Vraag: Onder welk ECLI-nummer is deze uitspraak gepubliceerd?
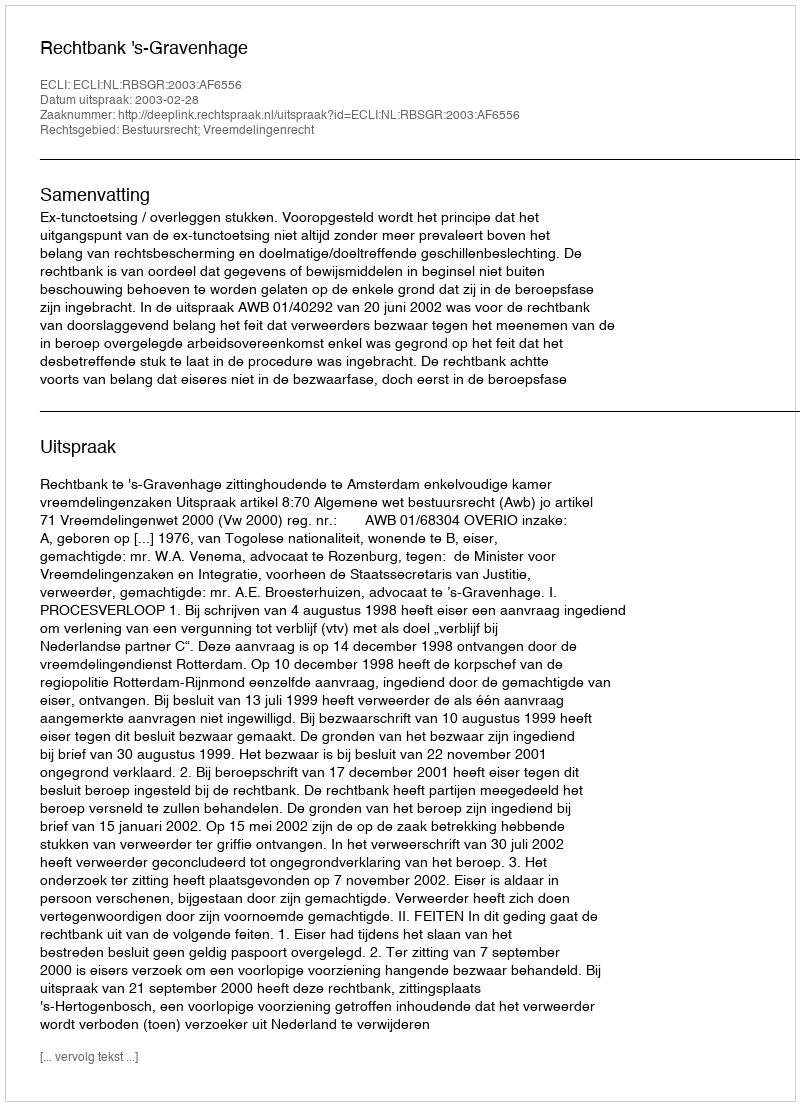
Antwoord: ECLI:NL:RBSGR:2003:AF6556